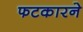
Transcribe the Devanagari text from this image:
फटकारने